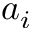
a _ { i }